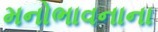
મનોભાવનાના